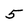
Character: 5